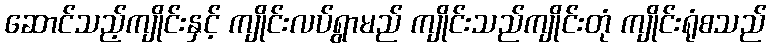
ဆောင်သည့်ကျိုင်းနှင့် ကျိုင်းလပ်ရွာမည် ကျိုင်းသည်ကျိုင်းတုံ ကျိုင်းရုံစသည်